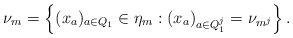
LaTeX: \begin{align*}\nu_m = \left\{ (x_a)_{a\in Q_1} \in \eta_m : (x_a)_{a\in Q^j_1} = \nu_{m^j} \right\}.\end{align*}